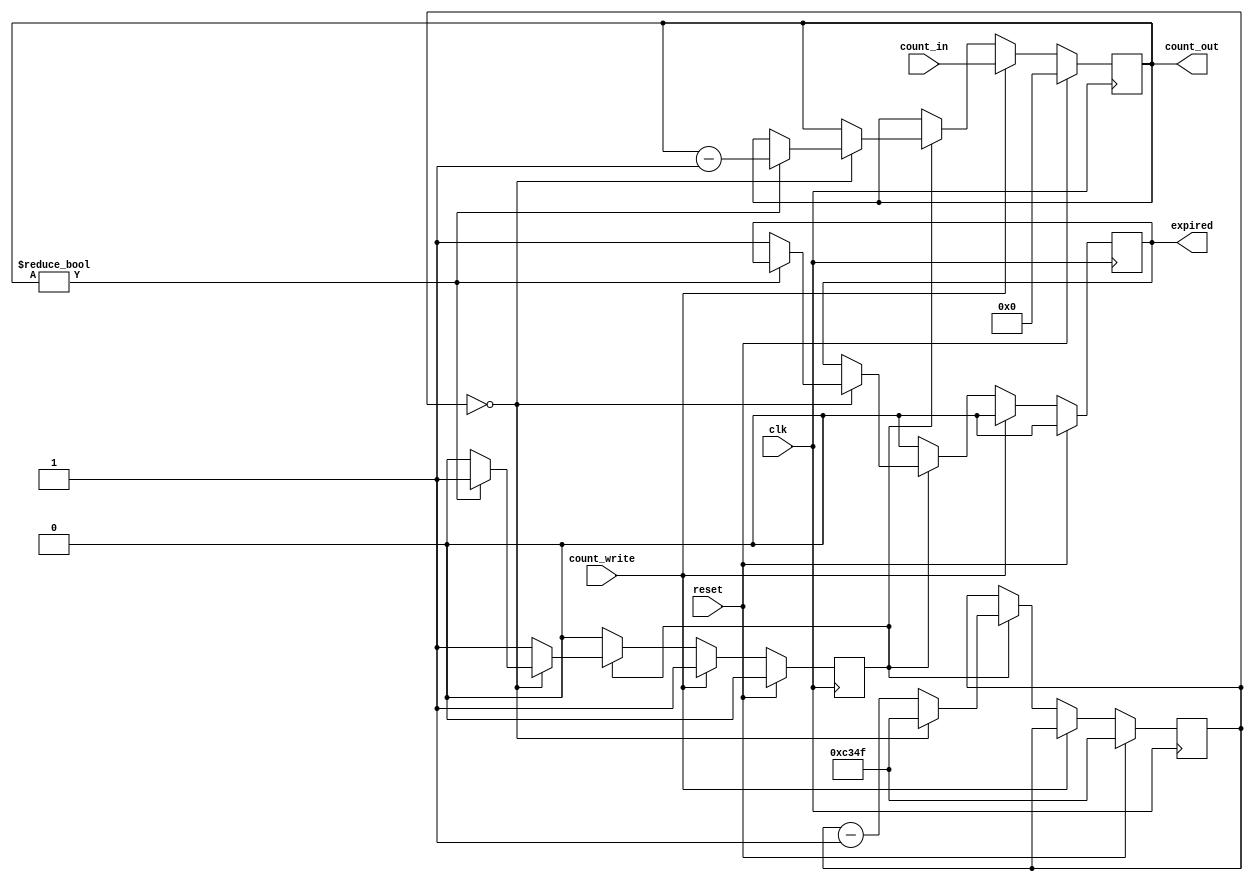
module millis_timer (
    input clk,
    input reset,

    input [7:0] count_in,
    input count_write,
    output [7:0] count_out,

    output reg expired
);

// 50000 cycles is 1 ms
parameter SHORT_COUNT_START = 16'd49999;

reg [7:0] long_count;
reg [15:0] short_count;
reg count_down = 1'b0;

assign count_out = long_count;

always @(posedge clk) begin
    if (reset) begin
        long_count <= 8'd0;
        short_count <= SHORT_COUNT_START;
        expired <= 1'b0;
        count_down <= 1'b0;
    end else if (count_write) begin
        long_count <= count_in;
        count_down <= 1'b1;
        expired <= 1'b0;
    end else if (count_down) begin
        if (short_count == 16'd0) begin
            short_count <= SHORT_COUNT_START;
            if (long_count != 8'd0)
                long_count <= long_count - 1'b1;
            else begin
                expired <= 1'b1;
                count_down <= 1'b0;
            end
        end else
            short_count <= short_count - 1'b1;
    end else
        expired <= 1'b0;
end

endmodule